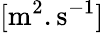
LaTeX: \mathrm{[m^{2}.s^{-1}]}